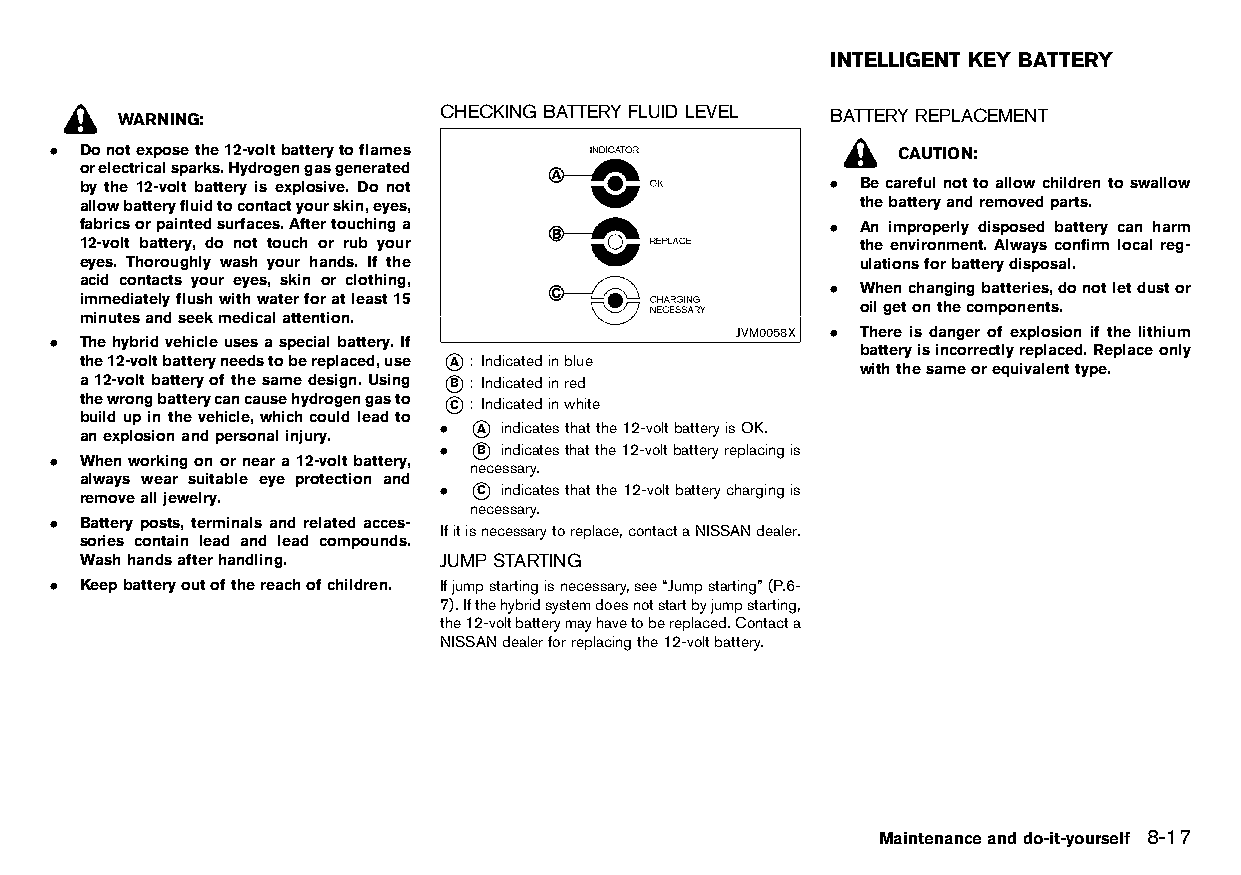
(257,1)
 INTELLIGENT KEY BATTERY
 HT32A1-0795585A-4590-40CB-B4DD-549A1FA4DDE8
 WARNING:             CHECKINGB GA UT IDT -2E 75R 9BY FCFF -5L 6U DBI -D 430L A-E AAV 4FE -AL 02105BE4819 BATTERY R HE TP 32L A1A -CC 7CE 61M 66E A-N C4T F7-4BA4-94AA-A78E882D4D47
 . Donotexposethe12-voltbatterytoflames                  CAUTION:
 orelectricalsparks.Hydrogengasgenerated
 by the 12-volt battery is explosive. Do not       . Becarefulnottoallowchildren toswallow
 allowbatteryfluidtocontactyourskin,eyes,            thebatteryandremovedparts.
 fabricsorpaintedsurfaces.Aftertouchinga           . An improperly disposed battery can harm
 12-volt battery, do not touch or rub your           the environment. Always confirm local reg-
 eyes. Thoroughly wash your hands. If the            ulationsforbatterydisposal.
 acid contacts your eyes, skin or clothing,
 . Whenchangingbatteries,donotletdustor
 immediatelyflushwithwaterforatleast15
 oilgetonthecomponents.
 minutesandseekmedicalattention.
 JVM0058X . There is danger of explosion if the lithium
 . Thehybridvehicleusesaspecialbattery.If
 batteryisincorrectlyreplaced.Replaceonly
 the12-voltbatteryneedstobereplaced,use *A : Indicatedinblue
 withthesameorequivalenttype.
 a12-voltbatteryofthesamedesign.Using *B : Indicatedinred
 thewrongbatterycancausehydrogengasto *C : Indicatedinwhite
 buildupinthevehicle,whichcouldleadto
 anexplosionandpersonalinjury.
 . *A indicatesthatthe12-voltbatteryisOK.
 . *B indicatesthatthe12-voltbatteryreplacingis
 . Whenworkingonorneara12-voltbattery,
 necessary.
 always wear suitable eye protection and
 removealljewelry.
 . *C indicatesthatthe12-voltbatterychargingis
 necessary.
 . Battery posts, terminals and related acces-
 Ifitisnecessarytoreplace,contactaNISSANdealer.
 sories contain lead and lead compounds.
 Washhandsafterhandling. JUMPSTARTING
 GUID-0D69768F-A320-4491-9AE9-1917BC07C8D3
 . Keepbatteryoutofthereachofchildren. Ifjumpstartingisnecessary,see“Jumpstarting”(P.6-
 7).Ifthehybridsystemdoesnotstartbyjumpstarting,
 the12-voltbatterymayhavetobereplaced.Contacta
 NISSANdealerforreplacingthe12-voltbattery.
 Maintenanceanddo-it-yourself 8-17
 Condition:                        [Edit:2015/8/24 Model: HT32-A]